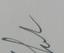
Signature authenticity: genuine